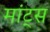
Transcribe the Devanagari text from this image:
मांट्स